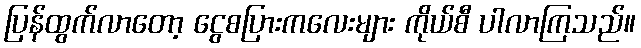
ပြန်ထွက်လာတော့ ငွေစပြားကလေးများ ကိုယ်စီ ပါလာကြသည်။